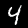
Label: 4